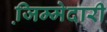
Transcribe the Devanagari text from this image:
जि़म्मेदारी